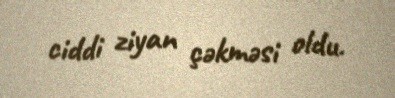
ciddi ziyan çəkməsi oldu.